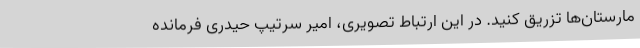
مارستان‌ها تزریق کنید. در این ارتباط تصویری، امیر سرتیپ حیدری فرمانده